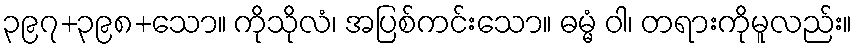
၃၉၇+၃၉၈+သော။ ကိုသိုလံ၊ အပြစ်ကင်းသော။ ဓမ္မံ ဝါ၊ တရားကိုမူလည်း။